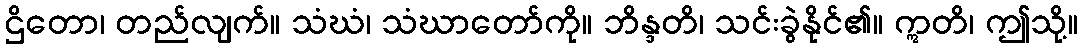
ဌိတော၊ တည်လျက်။ သံဃံ၊ သံဃာတော်ကို။ ဘိန္ဒတိ၊ သင်းခွဲနိုင်၏။ ဣတိ၊ ဤသို့။